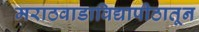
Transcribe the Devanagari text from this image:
मराठवाडाविद्यापीठातून